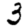
Digit: 3